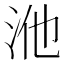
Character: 𭰃